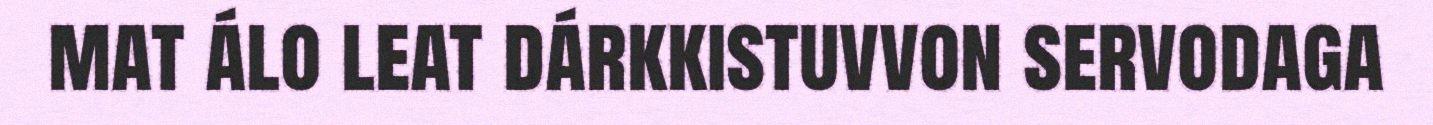
mat álo leat dárkkistuvvon servodaga